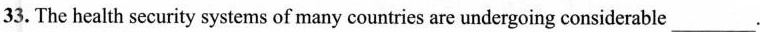
33. The health security systems of many countries are undergoing considerable ___.